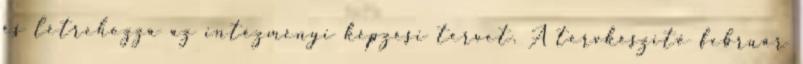
és létrehozza az intézményi képzési tervet. A tervkészítő február